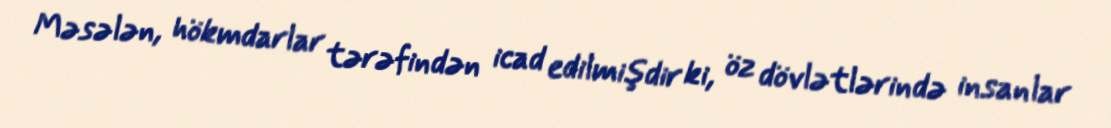
Məsələn, hökmdarlar tərəfindən icad edilmişdir ki, öz dövlətlərində insanlar